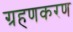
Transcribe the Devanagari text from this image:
ग्रहणकरण